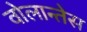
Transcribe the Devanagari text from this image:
वोलान्तेस